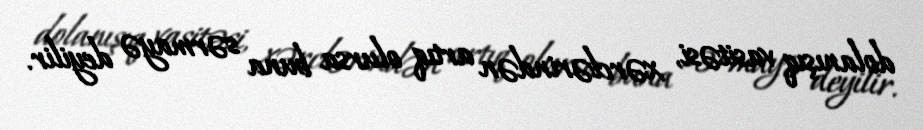
dolanışıq vasitəsi, xərclərindən artıq olursa buna sərmayə deyilir.